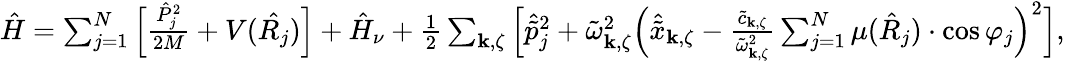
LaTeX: \begin{array}{r}{\hat{H}=\sum_{j=1}^{N}\Big[\frac{\hat{P}_{j}^{2}}{2M}+V(\hat{R_{j}})\Big]+\hat{H}_{\nu}+\frac{1}{2}\sum_{\mathbf{k},\zeta}\Big[\hat{\tilde{p}}_{j}^{2}+\tilde{\omega}_{\mathbf{k},\zeta}^{2}\Big(\hat{\tilde{x}}_{\mathbf{k},\zeta}-\frac{\tilde{c}_{\mathbf{k},\zeta}}{\tilde{\omega}_{\mathbf{k},\zeta}^{2}}\sum_{j=1}^{N}\mu(\hat{R}_{j})\cdot\cos\varphi_{j}\Big)^{2}\Big],}\end{array}